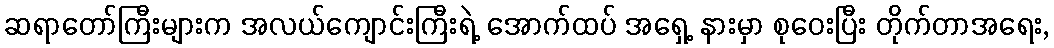
ဆရာတော်ကြီးများက အလယ်ကျောင်းကြီးရဲ့ အောက်ထပ် အရှေ့ နားမှာ စုဝေးပြီး တိုက်တာအရေး,